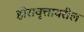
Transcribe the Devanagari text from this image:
होरावृत्तावरील